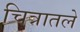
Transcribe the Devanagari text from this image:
चित्रातले